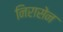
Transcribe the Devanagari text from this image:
निरासेन